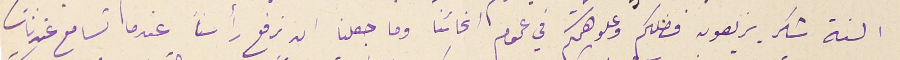
السنة شكر يزيعون فضلكم وعلو همتكم في عموم انحائنا وما جعلنا ان نرفع رأسنا عندما تسامع عندنا